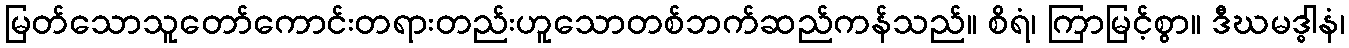
မြတ်သောသူတော်ကောင်းတရားတည်းဟူသောတစ်ဘက်ဆည်ကန်သည်။ စိရံ၊ ကြာမြင့်စွာ။ ဒီဃမဒ္ဓါနံ၊